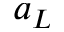
a _ { L }